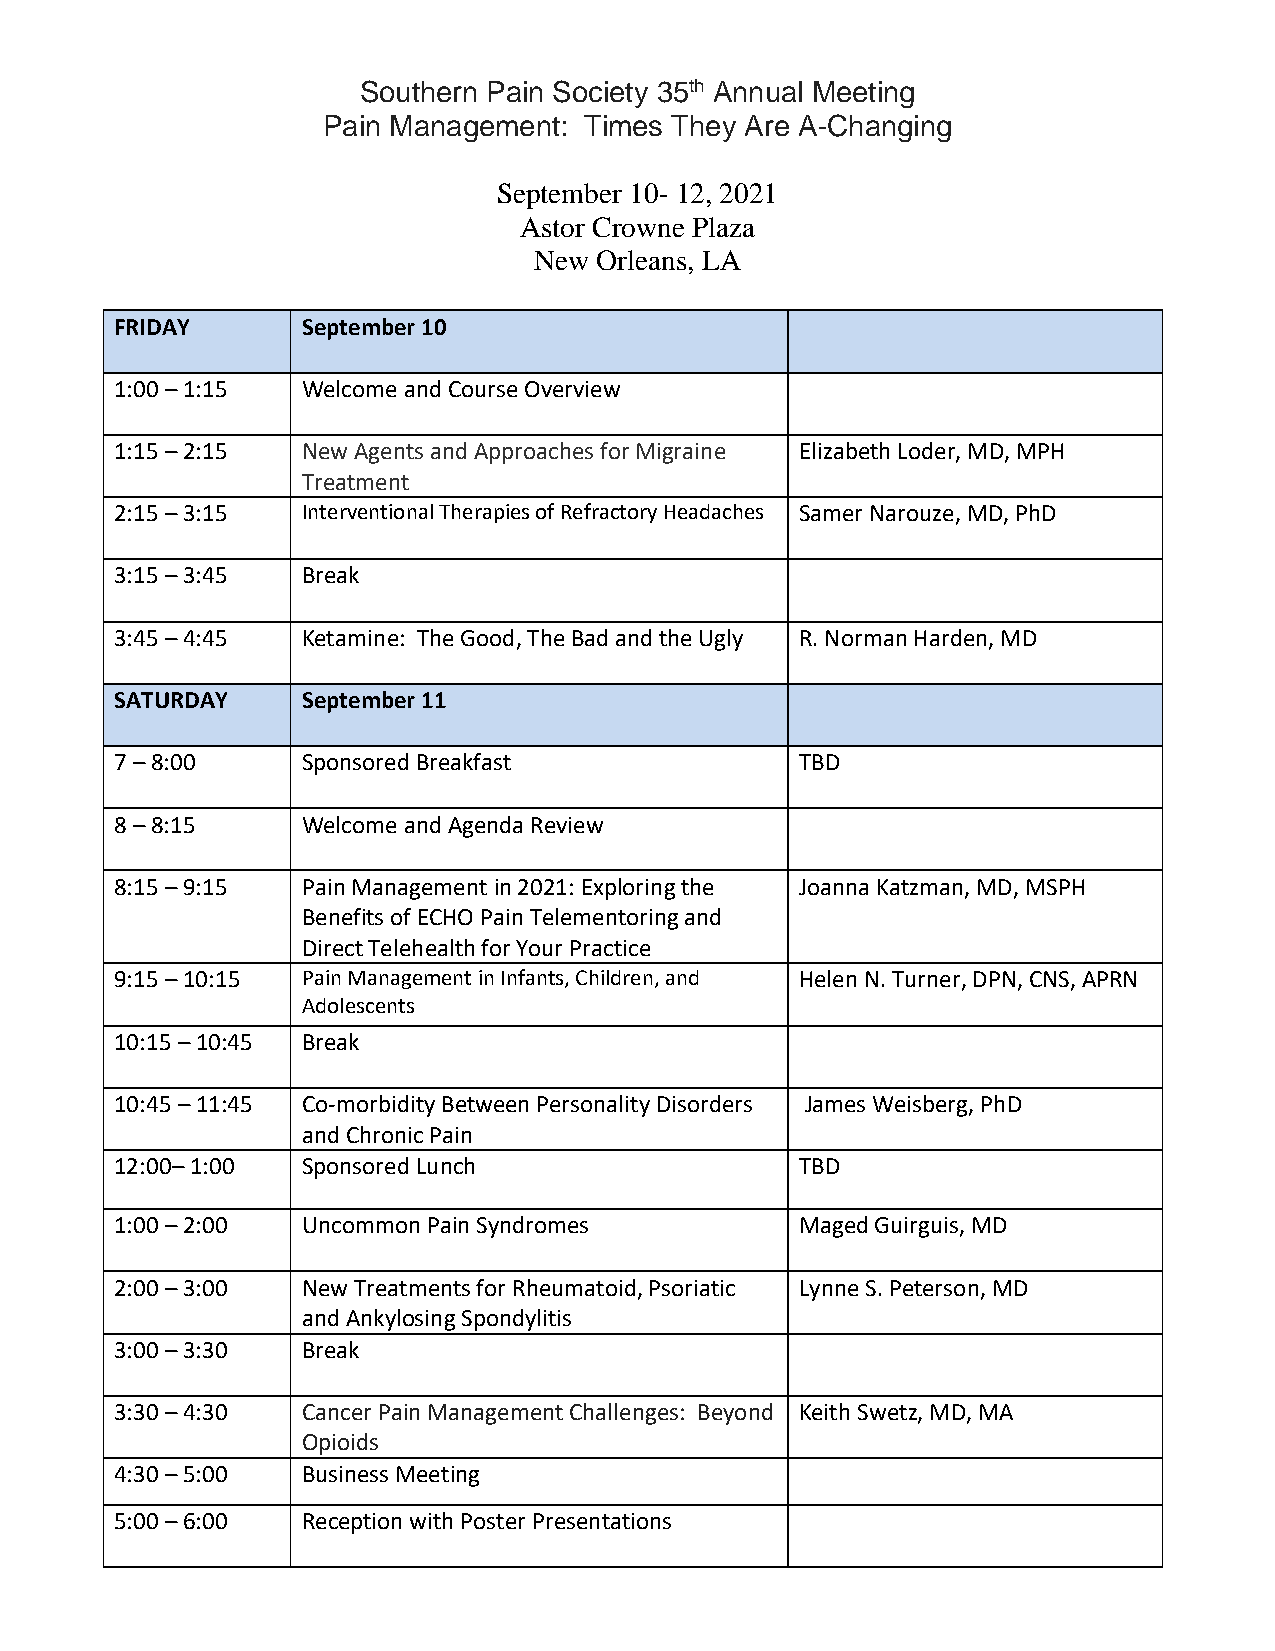
Southern Pain Society 35th Annual Meeting
 Pain Management:  Times They Are A-Changing
 September 10- 12, 2021
 Astor Crowne Plaza
 New  Orleans, LA
 FRIDAY      September 10
 1:00 – 1:15 Welcome and Course Overview
 1:15 – 2:15 New Agents and Approaches for Migraine Elizabeth Loder, MD, MPH
 Treatment
 2:15 – 3:15 Interventional Therapies of Refractory Headaches Samer Narouze, MD, PhD
 3:15 – 3:45 Break
 3:45 – 4:45 Ketamine: The Good, The Bad and the Ugly R. Norman Harden, MD
 SATURDAY    September 11
 7 – 8:00    Sponsored Breakfast              TBD
 8 – 8:15    Welcome and Agenda Review
 8:15 – 9:15 Pain Management in 2021: Exploring the Joanna Katzman, MD, MSPH
 Benefits of ECHO Pain Telementoring and
 Direct Telehealth for Your Practice
 9:15 – 10:15 Pain Management in Infants, Children, and Helen N. Turner, DPN, CNS, APRN
 Adolescents
 10:15 – 10:45 Break
 10:45 – 11:45 Co-morbidity Between Personality Disorders James Weisberg, PhD
 and Chronic Pain
 12:00– 1:00 Sponsored Lunch                  TBD
 1:00 – 2:00 Uncommon Pain Syndromes          Maged Guirguis, MD
 2:00 – 3:00 New Treatments for Rheumatoid, Psoriatic Lynne S. Peterson, MD
 and Ankylosing Spondylitis
 3:00 – 3:30 Break
 3:30 – 4:30 Cancer Pain Management Challenges: Beyond Keith Swetz, MD, MA
 Opioids
 4:30 – 5:00 Business Meeting
 5:00 – 6:00 Reception with Poster Presentations